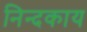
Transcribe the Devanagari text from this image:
निन्दकाय